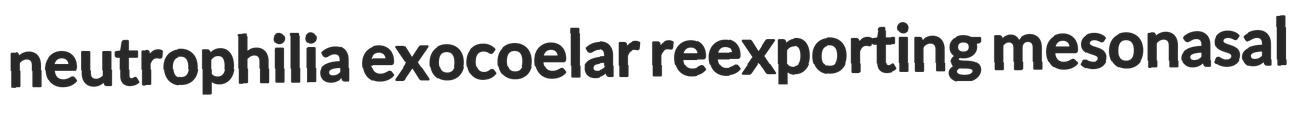
neutrophilia exocoelar reexporting mesonasal